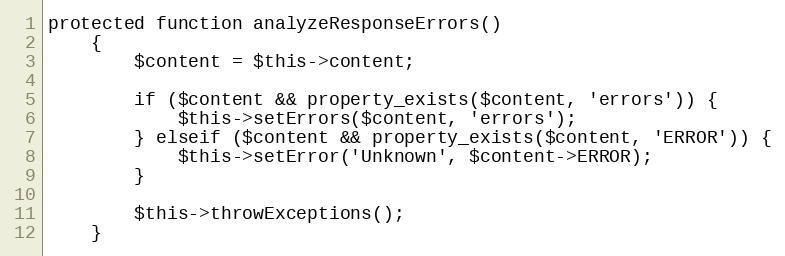
Language: PHP
protected function analyzeResponseErrors()
    {
        $content = $this->content;

        if ($content && property_exists($content, 'errors')) {
            $this->setErrors($content, 'errors');
        } elseif ($content && property_exists($content, 'ERROR')) {
            $this->setError('Unknown', $content->ERROR);
        }

        $this->throwExceptions();
    }